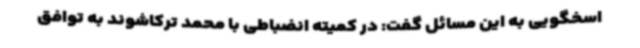
اسخگویی به این مسائل گفت: در کمیته انضباطی با محمد ترکاشوند به توافق